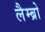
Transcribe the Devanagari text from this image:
लैम्ब्रो